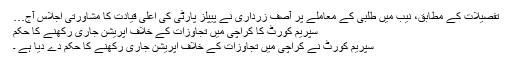
تفصیلات کے مطابق، نیب میں طلبی کے معاملے پر آصف زرداری نے پیپلز پارٹی کی اعلیٰ قیادت کا مشاورتی اجلاس آج…
سپریم کورٹ کا کراچی میں تجاوزات کے خلاف آپریشن جاری رکھنے کا حکم
سپریم کورٹ نے کراچی میں تجاوزات کے خلاف آپریشن جاری رکھنے کا حکم دے دیا ہے ۔